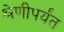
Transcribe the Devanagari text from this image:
श्रेणीपर्यंत